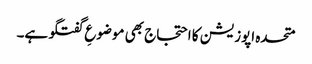
متحدہ اپوزیشن کا احتجاج بھی موضوعِ گفتگو ہے۔